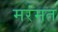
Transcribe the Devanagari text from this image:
मरंमत